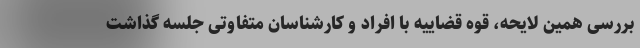
بررسی همین لایحه، قوه قضاییه با افراد و کارشناسان متفاوتی جلسه گذاشت